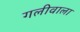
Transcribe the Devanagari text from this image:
गलीवाला